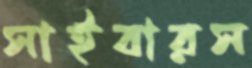
সাইবারস